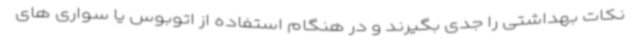
نکات بهداشتی را جدی بگیرند و در هنگام استفاده از اتوبوس یا سواری های